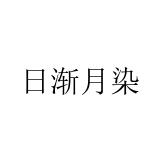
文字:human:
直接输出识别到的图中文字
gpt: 日渐月染